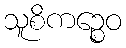
သူစိကဉ္စေဝ